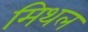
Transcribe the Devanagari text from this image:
मिथल